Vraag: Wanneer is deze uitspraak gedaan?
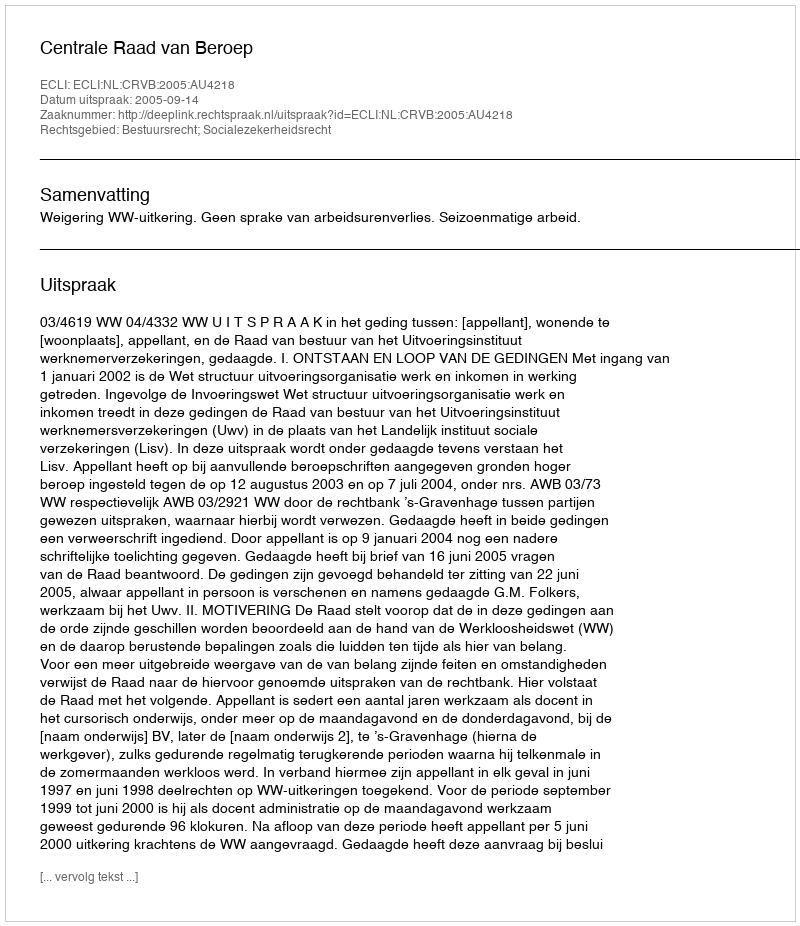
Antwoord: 2005-09-14